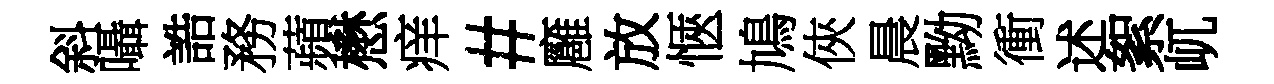
斜囁誥務蘋懋痒#廱放愜鳩俠晨黝衝述絮屼